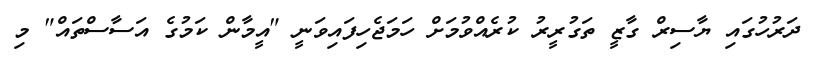
ދަރުހުގައި ޔާސިރް ގާޒީ ތަގުރީރު ކުރެއްވުމަށް ހަމަޖެހިފައިވަނީ "އީމާން ކަމުގެ އަސާސްތައް" މި